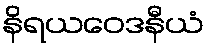
နိရယဝေဒနီယံ